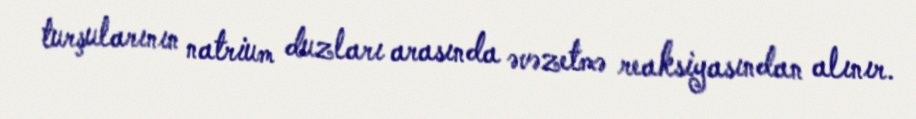
turşularının natrium duzları arasında əvəzetmə reaksiyasından alınır.